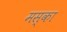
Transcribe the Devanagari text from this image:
मस्का